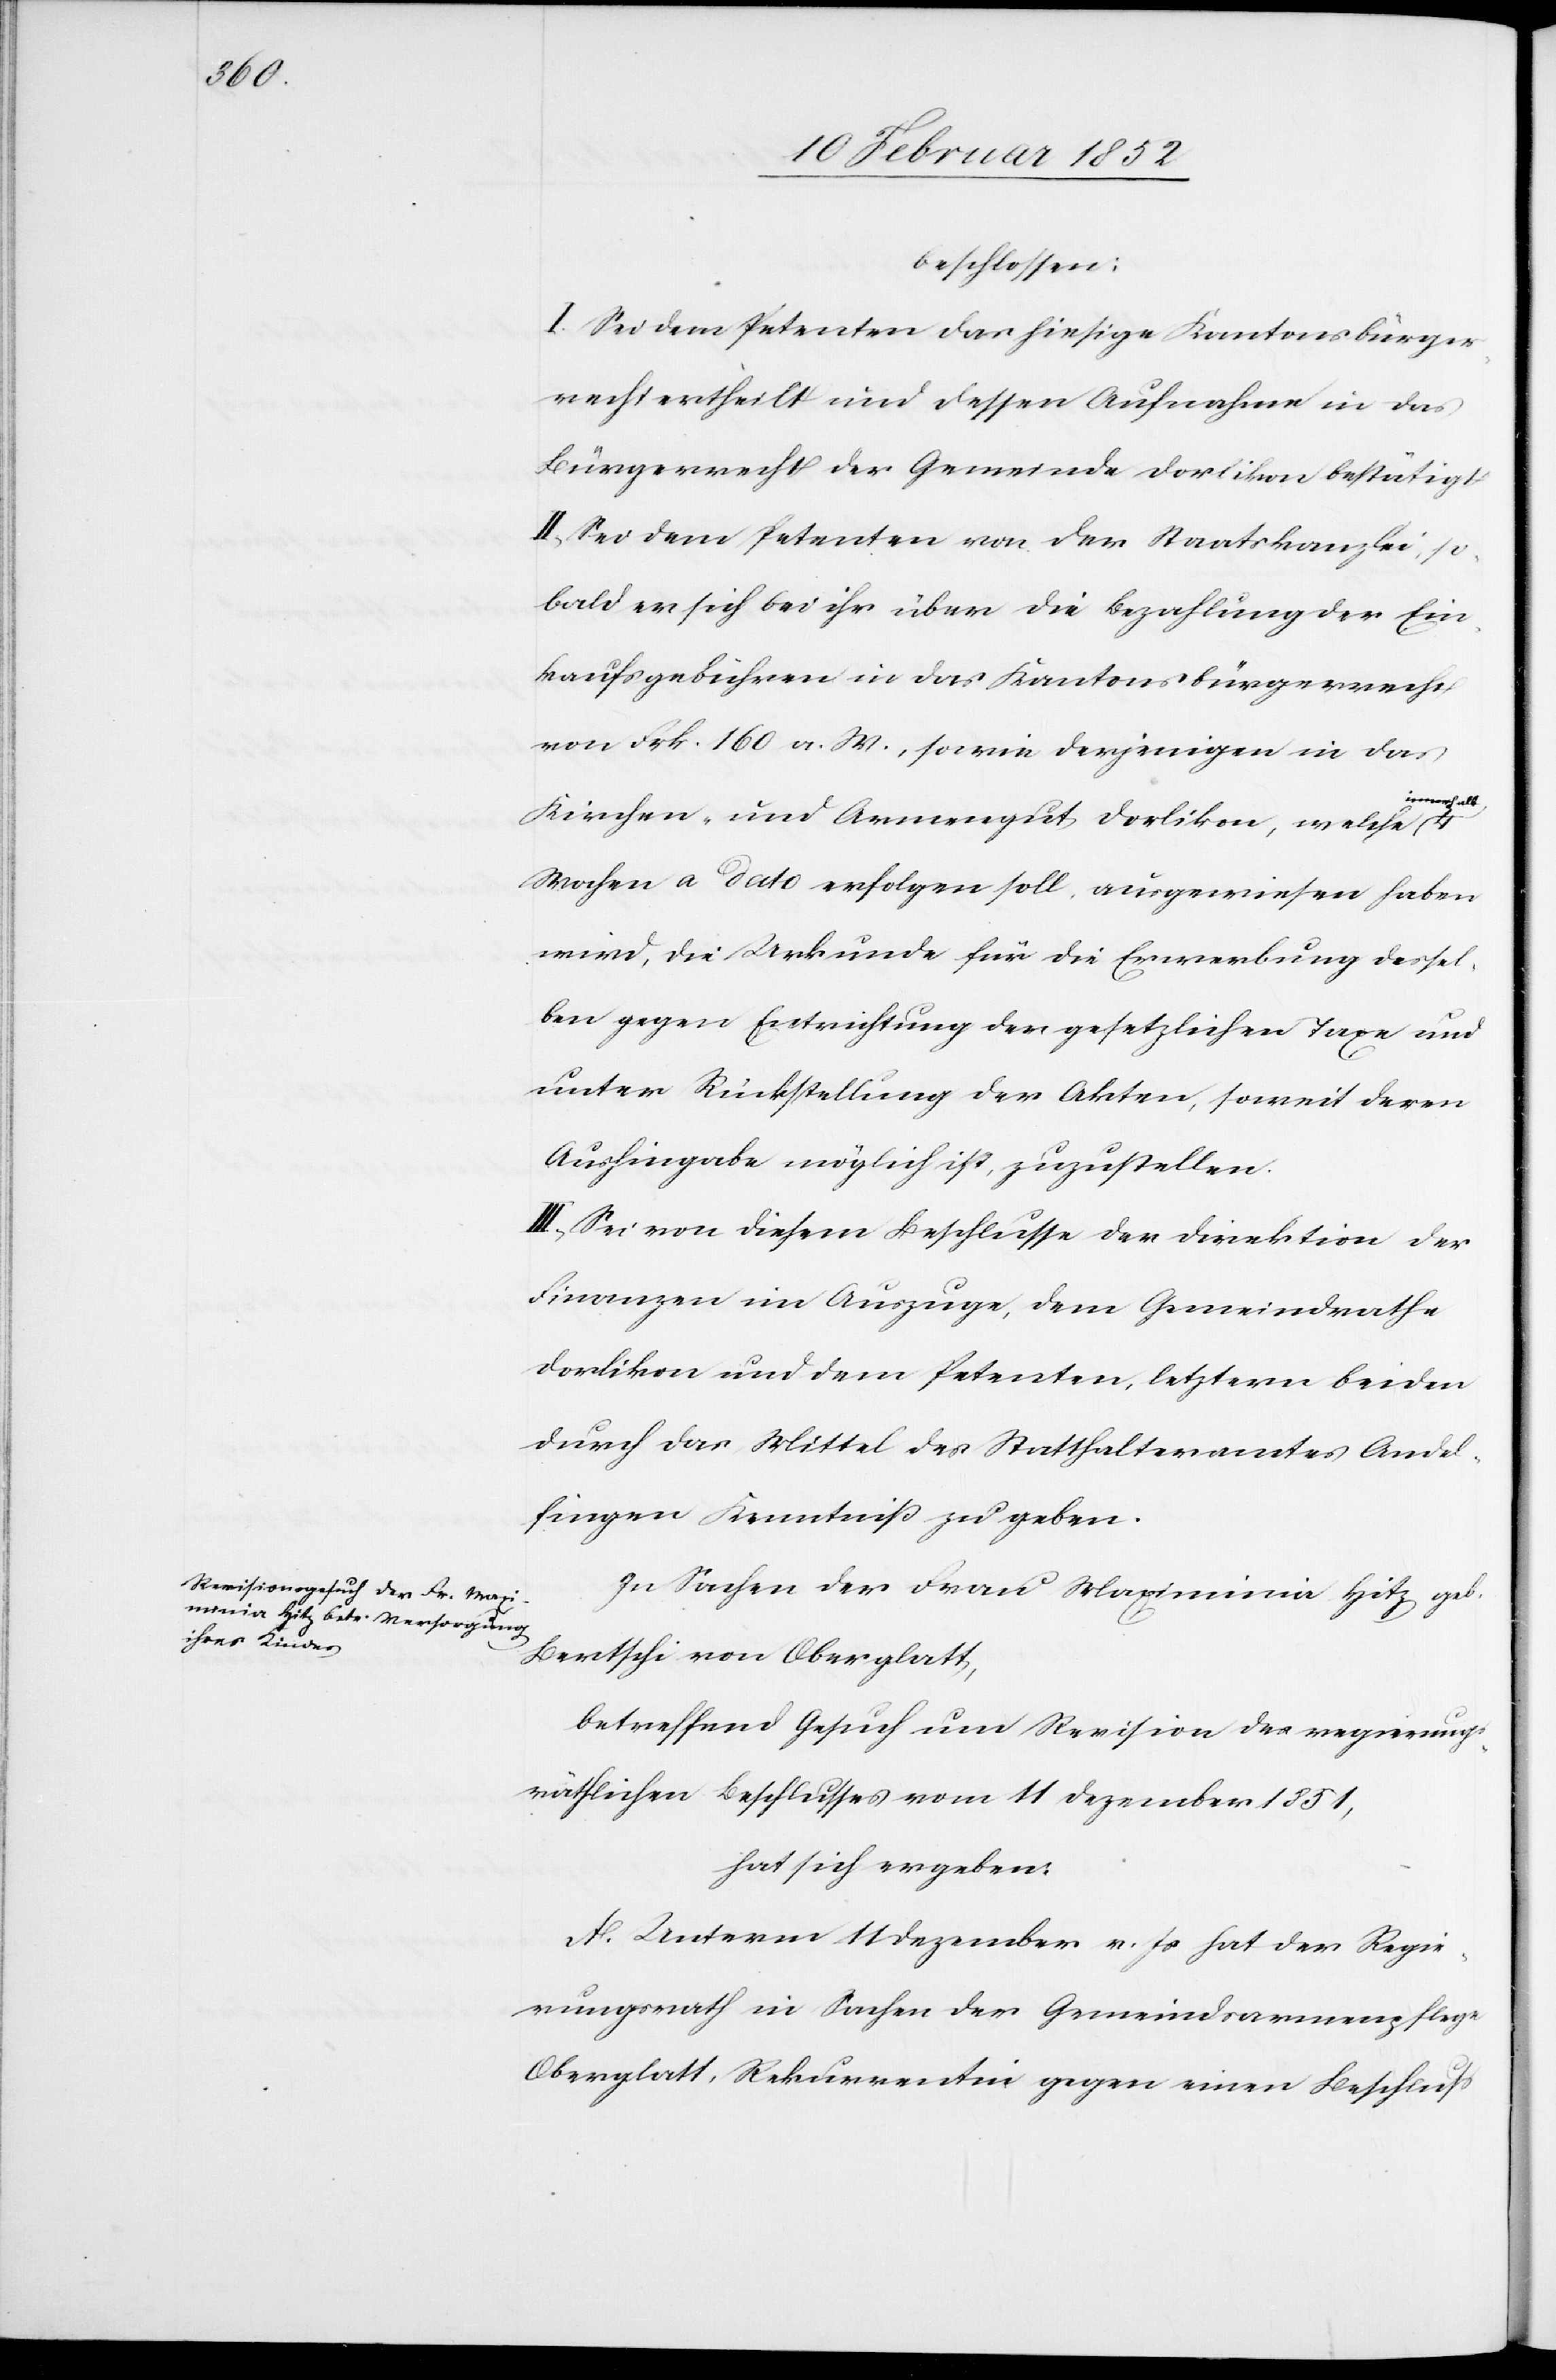
beschlossen:
I. Sei dem Petenten das hiesige Kantonsbürger¬
recht ertheilt und dessen Aufnahme in das
Bürgerrecht der Gemeinde Dorlikon bestätigt.
II. Sei dem Petenten von der Staatskanzlei, so¬
bald er sich bei ihr über die Bezahlung der Ein¬
kaufsgebühren in das Kantons-Bürgerrecht
von Frk. 160. a. W., sowie derjenigen in das
nnerhalb
Kirchen- und Armengut Dorlikon, welche i¬
Wochen a dato erfolgen soll ausgewiesen haben
wird, die Urkunde für die Erwerbung dessel¬
ben gegen Entrichtung der gesetzlichen Taxe und
unter Rückstellung der Akten, soweit deren
Aushingabe möglich ist, zuzustellen.
III.) Sei von diesem Beschlusse der Direktion der
Finanzen im Auszuge, dem Gemeindrathe
Dorlikon und dem Petenten, letztern beiden
durch das Mittel des Statthalteramtes Andel¬
fingen Kenntniß zu geben.
In Sachen der Frau Maximinia Hitz geb.
Bertschi von Oberglatt,
betreffend Gesuch und Revision des regierungs¬
räthlichen Beschlusses vom 11 Dezember 1851,
hat sich ergeben.
A. Unterm 11 Dezember v. Js hat der Regie¬
rungsrath in Sachen der Gemeindarmenpflege
Oberglatt, Rekurrentin gegen einen Beschluß